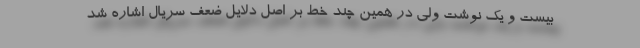
بیست و یک نوشت ولی در همین چند خط بر اصل دلایل ضعف سریال اشاره شد